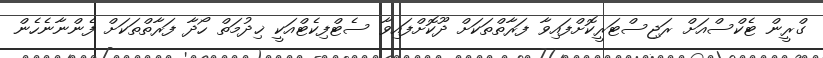
ގްރީން ޓެކްސްއަށް ރަޖިސްޓަރީކޮށްފައިވާ ފަރާތްތަކަށް ދޫކޮށްފައިވާ ސެޓްފިކެޓްއަކީ ޚިދުމަތް ހޯދާ ފަރާތްތަކަށް ފެންނާނެހެން